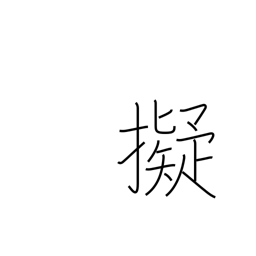
Meaning: aim (a gun) at